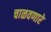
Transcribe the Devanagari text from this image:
चाळवणारे